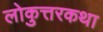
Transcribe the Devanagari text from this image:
लोकुत्तरकथा